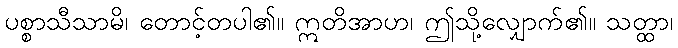
ပစ္စာသီသာမိ၊ တောင့်တပါ၏။ ဣတိအာဟ၊ ဤသို့လျှောက်၏။ သတ္ထာ၊